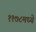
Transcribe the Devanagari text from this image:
११७८मध्ये